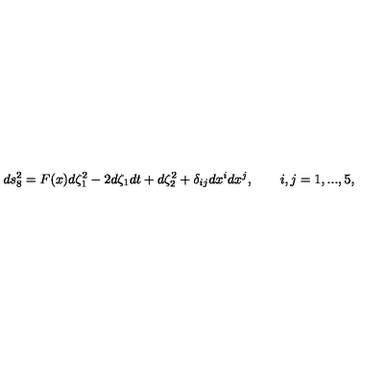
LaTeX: d s _ { 8 } ^ { 2 } = F ( x ) d \zeta _ { 1 } ^ { 2 } - 2 d \zeta _ { 1 } d t + d \zeta _ { 2 } ^ { 2 } + \delta _ { i j } d x ^ { i } d x ^ { j } , \qquad i , j = 1 , . . . , 5 ,